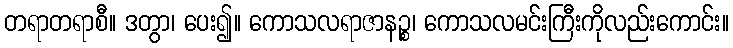
တရာတရာစီ။ ဒတွာ၊ ပေး၍။ ကောသလရာဇာနဉ္စ၊ ကောသလမင်းကြီးကိုလည်းကောင်း။